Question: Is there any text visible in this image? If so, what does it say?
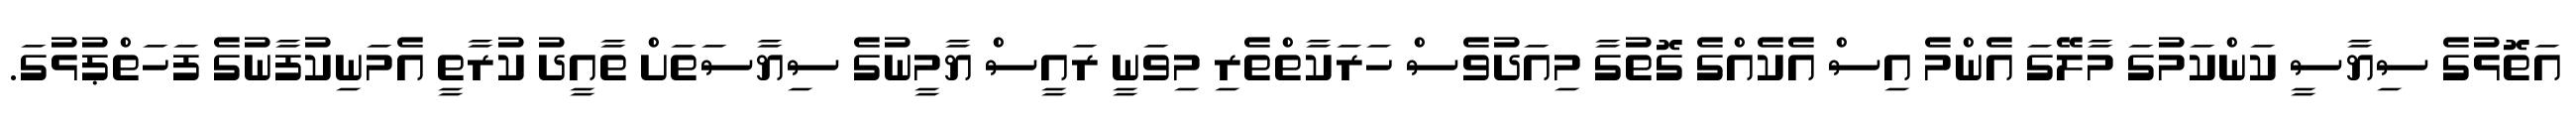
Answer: އަތޮޅުގެ ސިޔާސީ ކަންކަމުގަ މާލޭގަ އެންމެ އިސް އެކެއްގެ ގޮތުގާ މިއަދުވެސް ހަރަކާތްތެރި މިވަނީ ރައީސް ޔާމީނުގެ ސިޔާސަތަށް ތާއީދު ކުރާތީ އެމަނިކުފާނުގެ ފަހަތްޕުޅުގަ.